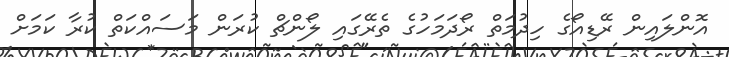
އޮންލައިން ރޭޑިއޯގެ ހިދުމަތް ރޯދަމަހުގެ ތެރޭގައި ލޯންޗް ކުރަން މަސައްކަތް ކުރާ ކަމަށް